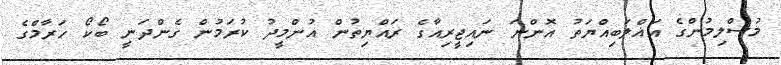
މުސްލިމުންގެ އަޣްލަބިއްޔަތު އޮންނަ ނައިޖީރިއާގެ ރައްޔިތުން އުންމީދު ކުރަމުން ގެންދަނީ ބޯކޯ ހަރާމްގެ